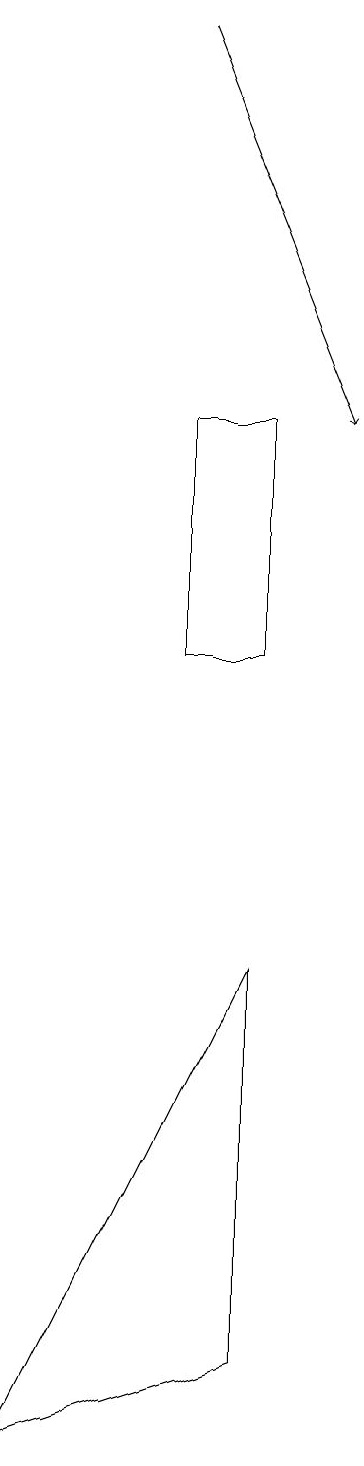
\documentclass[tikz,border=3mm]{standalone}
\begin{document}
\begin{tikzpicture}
\draw (4,14) rectangle (3,11);
\draw (1,1) -- (4,2) -- (4,7) -- cycle;
\draw[->] (3,19) -- (5,14);
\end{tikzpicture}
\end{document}